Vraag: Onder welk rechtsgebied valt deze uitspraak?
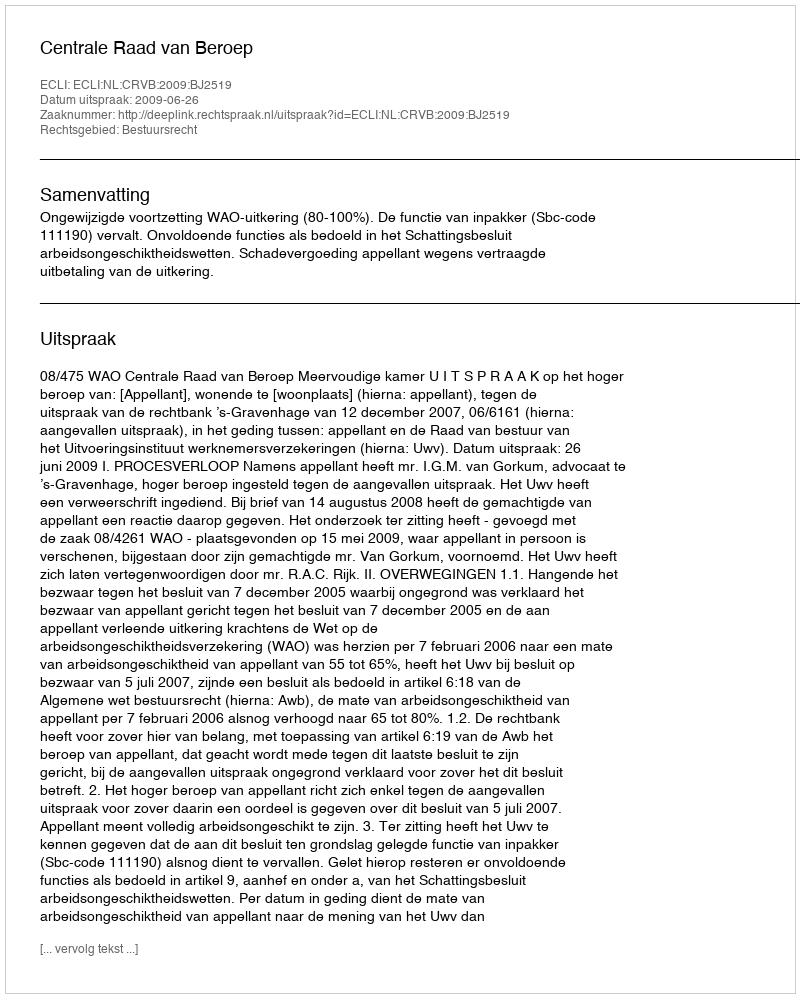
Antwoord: Bestuursrecht